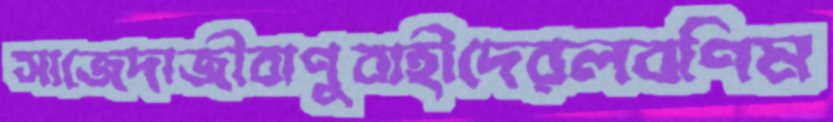
সাজেদাজীবাণুবাহীদেরলবণিম